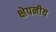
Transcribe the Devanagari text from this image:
क्षेपनीय